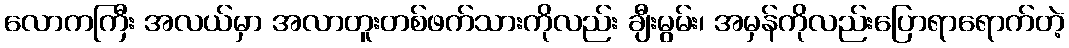
လောကကြီး အလယ်မှာ အလာတူးတစ်ဖက်သားကိုလည်း ချီးမွမ်း၊ အမှန်ကိုလည်းပြောရာရောက်တဲ့